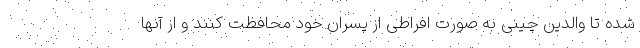
شده تا والدین چینی به صورت افراطی از پسران خود محافظت کنند و از آنها